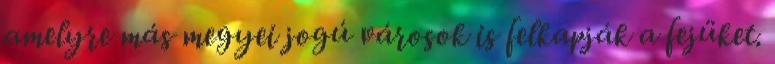
amelyre más megyei jogú városok is felkapják a fejüket.